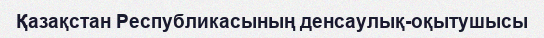
Қазақстан Республикасының денсаулық-оқытушысы